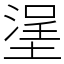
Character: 塣